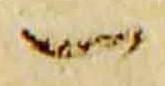
一